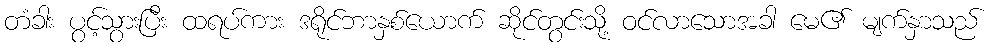
တံခါး ပွင့်သွားပြီး ထရပ်ကား ဒရိုင်ဘာနှစ်ယောက် ဆိုင်တွင်းသို့ ဝင်လာသောအခါ မေ၏ မျက်နှာသည်